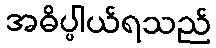
အဓိပ္ပါယ်ရသည်